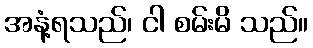
အနံ့ရသည်၊ ငါ စမ်းမိ သည်။